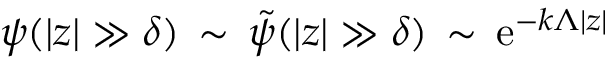
\psi ( | z | \gg \delta ) \, \sim \, { \tilde { \psi } } ( | z | \gg \delta ) \, \sim \, \mathrm { e } ^ { - k \Lambda | z | }